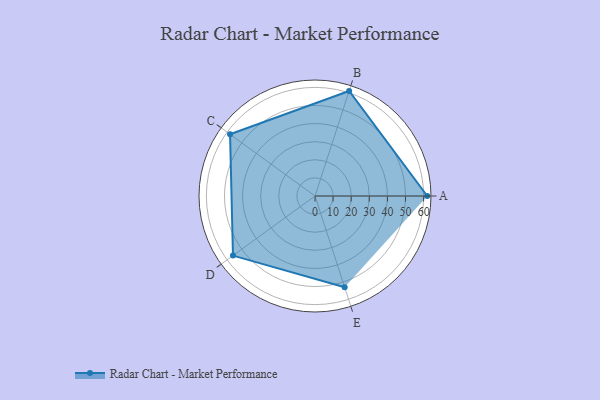
{"axis": {"x": "Skill", "y": "Score"}, "legend": ["Profile"], "data": [{"x": "A", "y": 62.0, "type": "Profile"}, {"x": "B", "y": 61.0, "type": "Profile"}, {"x": "C", "y": 58.0, "type": "Profile"}, {"x": "D", "y": 56.0, "type": "Profile"}, {"x": "E", "y": 53.0, "type": "Profile"}]}